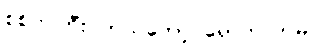
စစ်ကဲကြီး ဘယ်တော့ ရောက်လာမလဲ